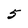
Character: 5